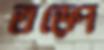
তড়্‌পে